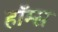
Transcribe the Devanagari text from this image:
हाॅम्स